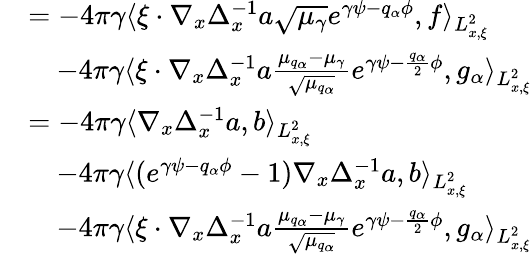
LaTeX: \begin{array}{rl}&{=-4\pi\gamma\langle\xi\cdot\nabla_{x}\Delta_{x}^{-1}a\sqrt{\mu_{\gamma}}e^{\gamma\psi-q_{\alpha}\phi},f\rangle_{L_{x,\xi}^{2}}}\\ &{\quad-4\pi\gamma\langle\xi\cdot\nabla_{x}\Delta_{x}^{-1}a\frac{\mu_{q_{\alpha}}-\mu_{\gamma}}{\sqrt{\mu_{q_{\alpha}}}}e^{\gamma\psi-\frac{q_{\alpha}}{2}\phi},g_{\alpha}\rangle_{L_{x,\xi}^{2}}}\\ &{=-4\pi\gamma\langle\nabla_{x}\Delta_{x}^{-1}a,b\rangle_{L_{x,\xi}^{2}}}\\ &{\quad-4\pi\gamma\langle(e^{\gamma\psi-q_{\alpha}\phi}-1)\nabla_{x}\Delta_{x}^{-1}a,b\rangle_{L_{x,\xi}^{2}}}\\ &{\quad-4\pi\gamma\langle\xi\cdot\nabla_{x}\Delta_{x}^{-1}a\frac{\mu_{q_{\alpha}}-\mu_{\gamma}}{\sqrt{\mu_{q_{\alpha}}}}e^{\gamma\psi-\frac{q_{\alpha}}{2}\phi},g_{\alpha}\rangle_{L_{x,\xi}^{2}}}\end{array}